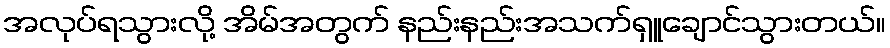
အလုပ်ရသွားလို့ အိမ်အတွက် နည်းနည်းအသက်ရှူချောင်သွားတယ်။